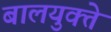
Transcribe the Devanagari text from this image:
बालयुक्ते